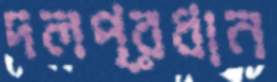
দলপ্রধান